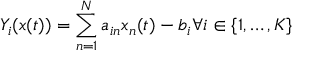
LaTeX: Y _ { i } ( x ( t ) ) = \sum _ { n = 1 } ^ { N } a _ { i n } x _ { n } ( t ) - b _ { i } { \mathrm { } } \forall i \in \{ 1 , \ldots , K \}